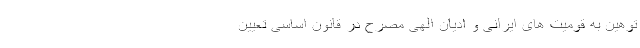
توهین به قومیت های ایرانی و ادیان الهی مصرح در قانون اساسی تعیین